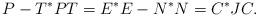
LaTeX: \begin{align*}P-T^*PT=E^*E-N^*N=C^*JC. \end{align*}